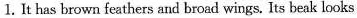
l. It has brown feathers and broad wings. Its beak looks